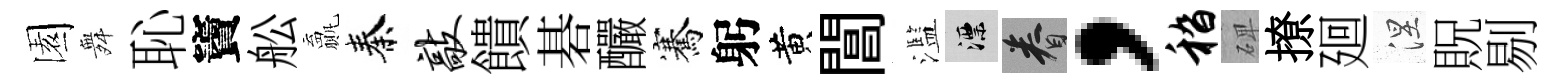
園舞恥竇舩贏秦敲饋碁釅騫躬黄閶濫漂眷，嵇𥓓撩廻涅貺剔